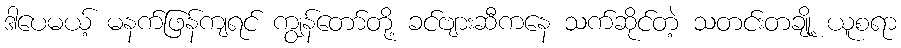
ဒါပေမယ့် မနက်ဖြန်ကျရင် ကျွန်တော်တို့ ခင်ဗျားဆီကနေ သက်ဆိုင်တဲ့ သတင်းတချို့ ယူစရာ